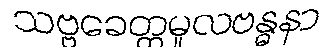
သဗ္ဗခေတ္တမူလဗန္ဓနာ